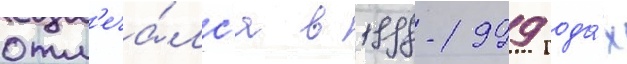
отм'еча́лс'я в 1998-1999 года́х